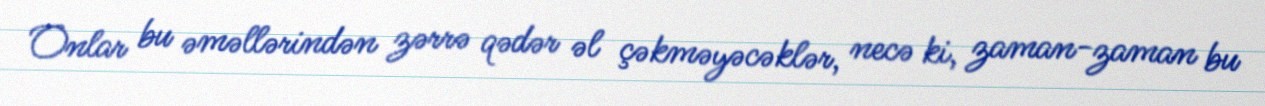
Onlar bu əməllərindən zərrə qədər əl çəkməyəcəklər, necə ki, zaman-zaman bu